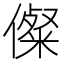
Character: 儏